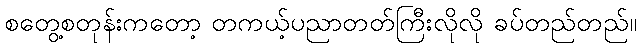
စတွေ့စတုန်းကတော့ တကယ့်ပညာတတ်ကြီးလိုလို ခပ်တည်တည်။